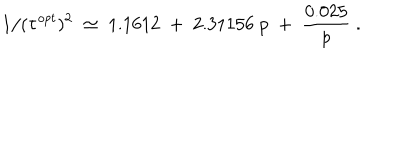
LaTeX: 1 / ( \tau ^ { o p t } ) ^ { 2 } \; \simeq \; 1 . 1 6 1 2 \; + \; 2 . 3 1 1 5 6 \; p \; + \; { \frac { 0 . 0 2 5 } { p } } \; .